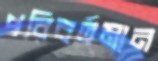
পরিবর্তমান